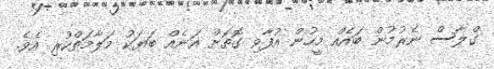
ގްލާސް ނެރުމުން ބައެއް މީހުން އުފާވި ގޮތަށް އަނެއް ބަޔަކު މަލާމަތްކުރި އެވެ.